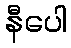
နီပေါ